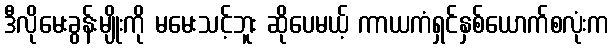
ဒီလိုမေးခွန်းမျိုးကို မမေးသင့်ဘူး ဆိုပေမယ့် ကာယကံရှင်နှစ်ယောက်စလုံးက